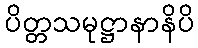
ပိတ္တသမုဋ္ဌာနာနိပိ